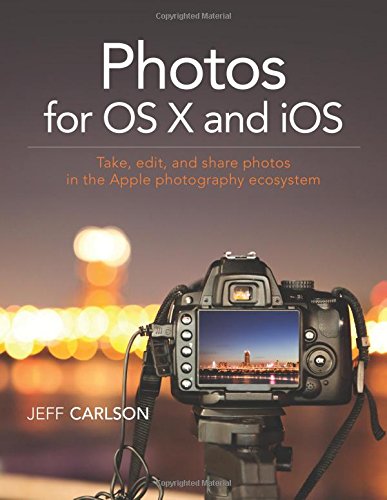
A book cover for Photos for OS X and iOS: Take, edit, and share photos in the Apple photography ecosystem; Jeff Carlson; Arts & Photography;